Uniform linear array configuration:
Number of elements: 8
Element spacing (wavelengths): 0.25
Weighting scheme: kaiser
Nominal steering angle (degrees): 45
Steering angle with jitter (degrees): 43.319
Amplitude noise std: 0.05
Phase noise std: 0.05

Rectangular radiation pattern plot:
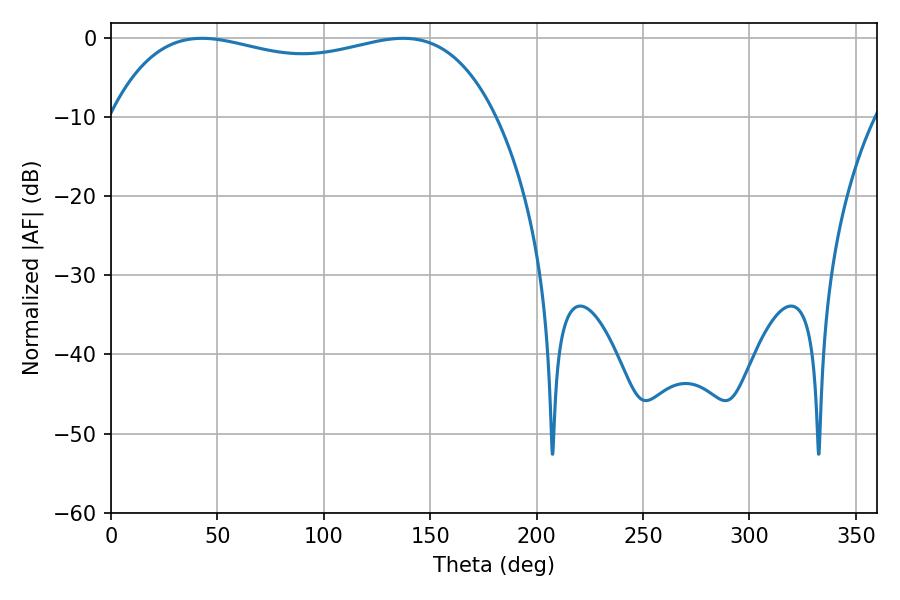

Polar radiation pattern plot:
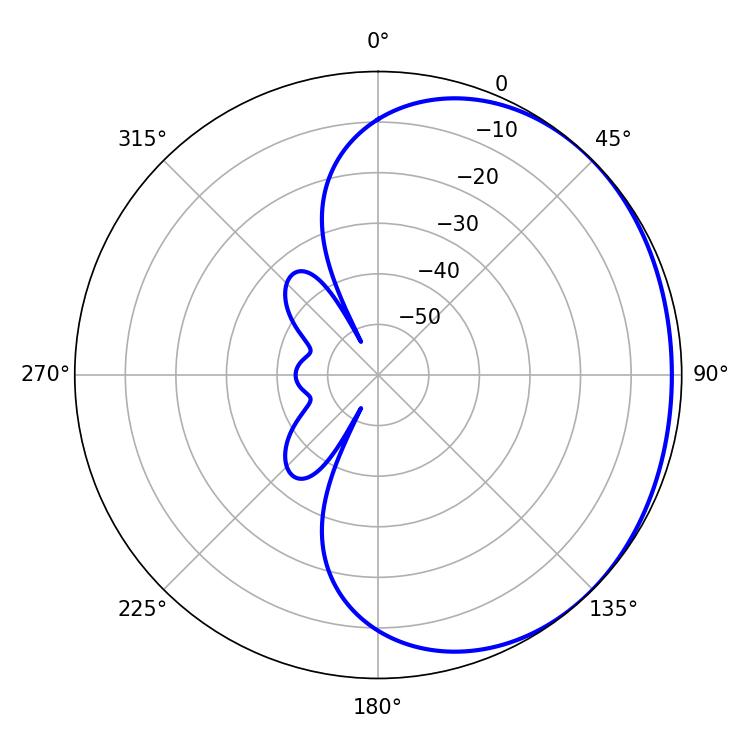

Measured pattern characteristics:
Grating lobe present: FALSE
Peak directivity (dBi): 1.053
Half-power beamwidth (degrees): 147.24
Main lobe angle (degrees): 42.66